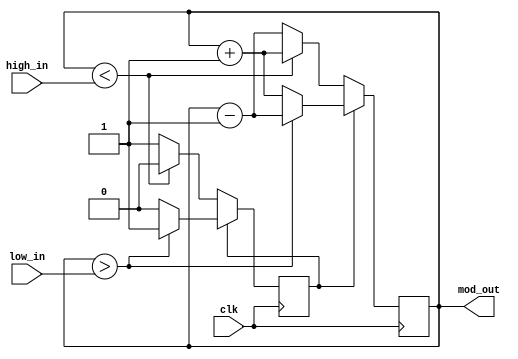
////////////////////////////////////////////////////////////////
//
//

`define UP 0
`define DOWN 1

//`define ALTERNATIVE

`ifndef ALTERNATIVE
module triangle_wave #
    (
     parameter integer WIDTH = 8
     )
    (
     input              clk,
     input [WIDTH-1:0]  low_in,
     input [WIDTH-1:0]  high_in,
     output [WIDTH-1:0] mod_out
     );

    reg [WIDTH-1:0]     counter = 0;
    reg                 dir = `UP;

    assign mod_out = counter;

    always @(posedge clk) begin

        if (dir == `DOWN) begin
            if (counter > low_in)
                counter <= counter - 1;
            else begin
                dir <= `UP;
                counter <= counter + 1;
            end
        end else begin
            if (counter < high_in)
                counter <= counter + 1;
            else begin
                dir <= `DOWN;
                counter <= counter - 1;
            end
        end // else: !if(dir == `DOWN)
    end

endmodule // triangle_wave

`else

/*
  low, high 
  low, high 
 
 */
module triangle_wave #
    (
     parameter integer WIDTH = 8
     )
    (
     input              clk,
     input [WIDTH-1:0]  low_in,
     input [WIDTH-1:0]  high_in,
     output [WIDTH-1:0] mod_out
     );


    reg [WIDTH-1:0]     high;
    reg [WIDTH-1:0]     low;
    reg [WIDTH-1:0]     counter = 0;
    reg                 dir = `UP;
    reg                 init = 0;

    assign mod_out = counter;

    always @(posedge clk) begin

        if (init) begin
            high= high_in;
            low = low_in;
            init = 1;
        end

        if (dir == `DOWN) begin
            if (counter != low)
                counter <= counter - 1;
            else begin
                dir <= `UP;
                high <= high_in;
                counter <= counter + 1;
            end
        end else begin
            if (counter != high)
                counter <= counter + 1;
            else begin
                dir <= `DOWN;
                low <= low_in;
                counter <= counter - 2;
            end
        end // else: !if(dir == `DOWN)
    end

endmodule

`endif